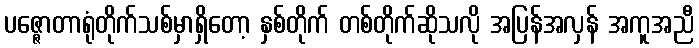
ပဇ္ဇောတာရုံတိုက်သစ်မှာရှိတော့ နှစ်တိုက် တစ်တိုက်ဆိုသလို အပြန်အလှန် အကူအညီ